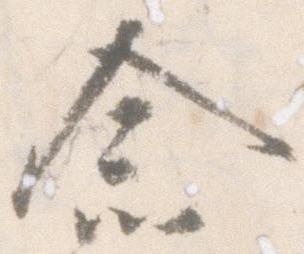
念